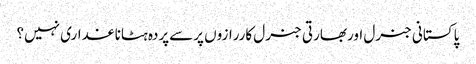
پاکستانی جنرل اوربھارتی جنرل کاررازوں پرسےپردہ ہٹاناغداری نہیں؟